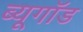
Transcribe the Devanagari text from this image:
ब्यूगॉड